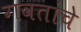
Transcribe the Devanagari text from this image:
गवतांचे